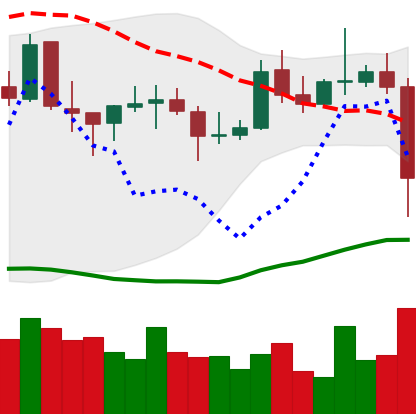
Ticker: EOS-USD
Chart end date: 2021-10-27
Forward return: 11.559%
Label: up_7plus